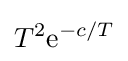
T^{2}\mathrm {e} ^{-c/T}